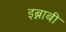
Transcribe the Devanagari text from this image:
इब्नाबी